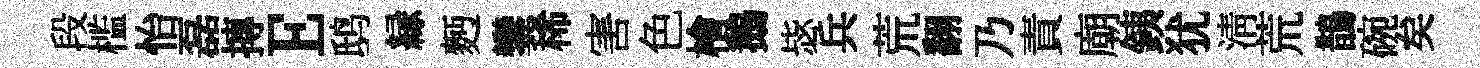
段槛怡磊摶E鸱縁麪鑾稀害色檜鵝毖兵荒翻乃責廟銕犹清荒鵲碗矣